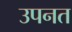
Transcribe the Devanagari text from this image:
उपनत